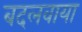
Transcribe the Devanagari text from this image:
बदलवाया